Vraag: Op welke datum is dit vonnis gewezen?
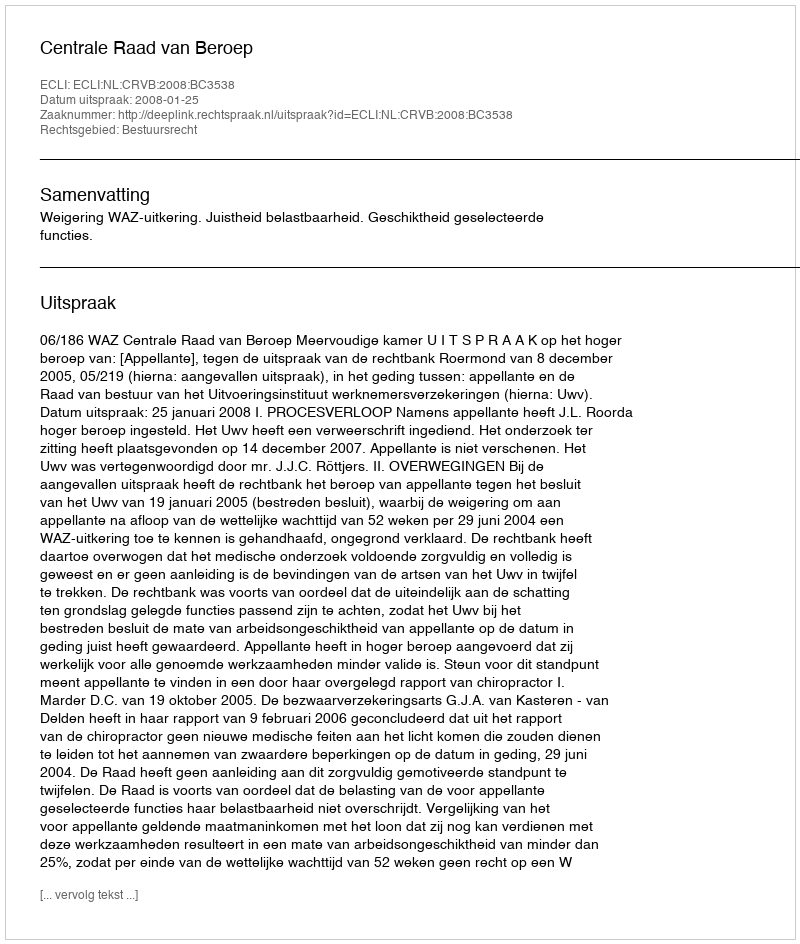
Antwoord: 2008-01-25